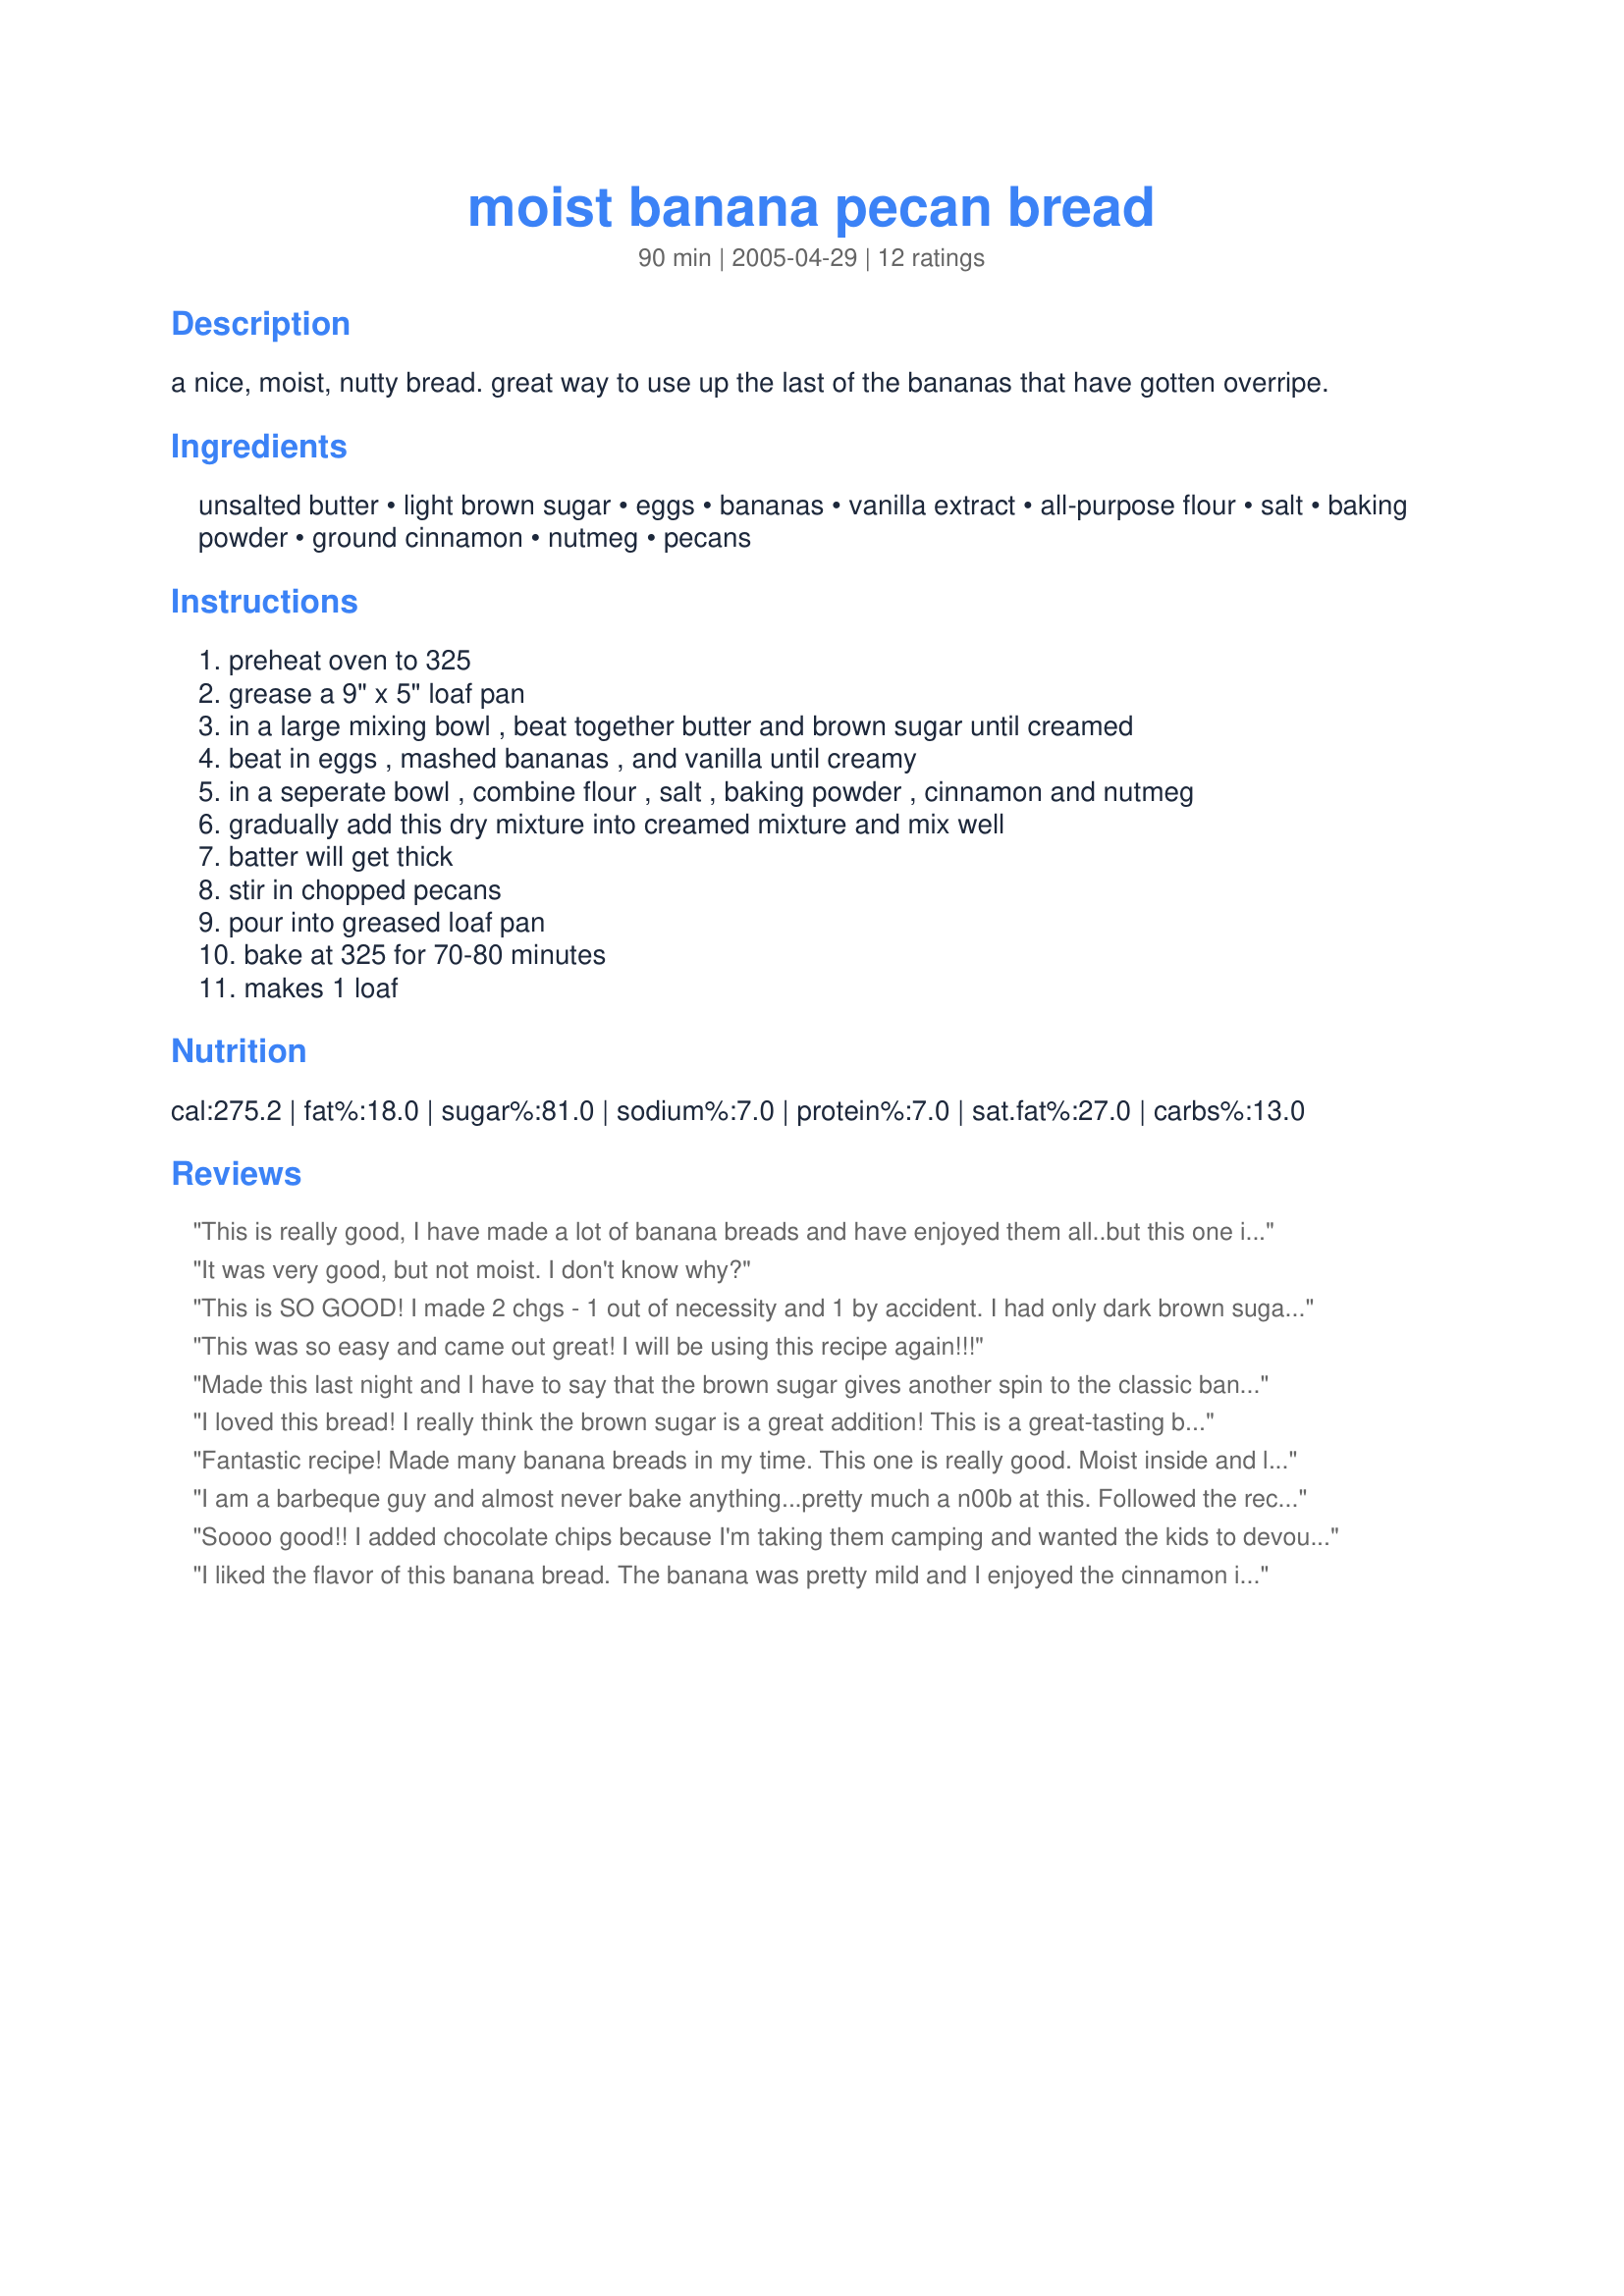
moist banana pecan bread
Preparation time: 90 minutes

a nice, moist, nutty bread. great way to use up the last of the bananas that have gotten overripe.

Ingredients:
unsalted butter, light brown sugar, eggs, bananas, vanilla extract, all-purpose flour, salt, baking powder, ground cinnamon, nutmeg, pecans

Steps:
preheat oven to 325, grease a 9" x 5" loaf pan, in a large mixing bowl , beat together butter and brown sugar until creamed, beat in eggs , mashed bananas , and vanilla until creamy, in a seperate bowl , combine flour , salt , baking powder , cinnamon and nutmeg, gradually add this dry mixture into creamed mixture and mix well, batter will get thick, stir in chopped pecans, pour into greased loaf pan, bake at 325 for 70-80 minutes, makes 1 loaf

Reviews:
This is really good, I have made a lot of banana breads and have enjoyed them all..but this one is definitely the best..I'm thinking it's the brown sugar that just gives the flavour boost. Looks lovely too..a nice caramel colour.
Great recipe.
It was very good, but not moist. I don't know why?
This is SO GOOD! I made 2 chgs - 1 out of necessity and 1 by accident. I had only dark brown sugar and got the rich caramel color described in another review. I hurried at the end of the prep and forgot the pecans by accident. The banana flavor was subtle, but I usually find that to be true. What was such a lovely surprise was how much this reminded me of fresh from the oven gingerbread my mom made for us as kids growing up. This will always be a favorite for that reason. This recipe will be repeated often w/the chgs by intent in the hope of enjoying the same outcome. Thx for posting this recipe for us. :-)
This was so easy and came out great! I will be using this recipe again!!!
Made this last night and I have to say that the brown sugar gives another spin to the classic banana bread recipe. It baked out nicely and produced a moist bread as titled! Two thumbs up!
I loved this bread! I really think the brown sugar is a great addition! This is a great-tasting bread - moist and flavorful!
Fantastic recipe! Made many banana breads in my time. This one is really good. Moist inside and light and crispy on the outside. I added dried cranberries. I nevver used cinnamon in banana bread. Great flavor!
I am a barbeque guy and almost never bake anything...pretty much a n00b at this. Followed the recipe carefully...maybe a few extra pecans:-).....son:-) this came out really well. My wife who is a really good baker was impressed. I was stunned that it was edible LOL! I don&#039;t even much care for Banana Bread...just tired of throwing bananas out! This one will work for me...will for sure make again.
Soooo good!! I added chocolate chips because I'm taking them camping and wanted the kids to devour them for extra energy. I made them into little muffin bites. FANTASTIC! Thank you.
I liked the flavor of this banana bread. The banana was pretty mild and I enjoyed the cinnamon in it. However it was not as moist as I had hoped for. The crust was also kind of dry on the sides and the bottom. Although the crust on the top was delicious, very light and crispy.
I did a few changes to make it with less calories. I used homemade unsweetened applesauce. Instead of 1 cup brown sugar, I used 1/4 cup of Twin brown sugar substitute. Just cinnamon but 2 1/2 tsp. After 65 minutes it was ready. The taste is great. Thanks Parsley. Made for Market tag.
The flavor is great, but very dry.
